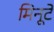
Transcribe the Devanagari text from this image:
मिनूटे